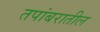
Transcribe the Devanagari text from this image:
तपांबरातील